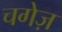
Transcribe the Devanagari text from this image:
चगेज़